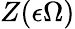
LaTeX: Z(\epsilon\Omega)